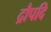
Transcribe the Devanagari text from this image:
द्रौपदि